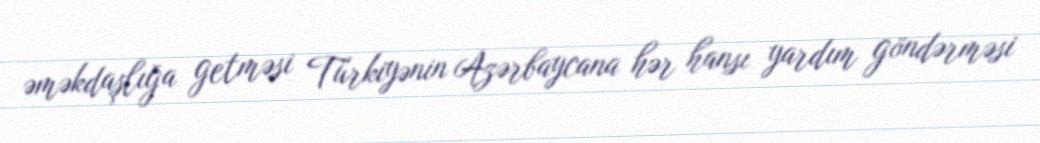
əməkdaşlığa getməsi Türkiyənin Azərbaycana hər hansı yardım göndərməsi